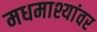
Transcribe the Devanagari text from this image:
मधमाश्यांवर